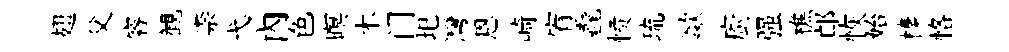
翅父睿観柰弋内色暝木门圯灣恩崎宥毳愤琉歘廚强樵邙恢始榛恪